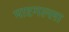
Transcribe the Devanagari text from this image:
मारगल्ला